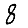
Digit: 8